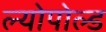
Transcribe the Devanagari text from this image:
ल्योपोल्ड